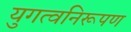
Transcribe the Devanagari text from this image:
युगत्वनिरूपण